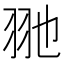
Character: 𦏸